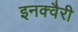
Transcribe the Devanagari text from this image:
इनक्वैरी